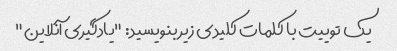
یک توییت با کلمات کلیدی زیر بنویسید: "یادگیری آنلاین"